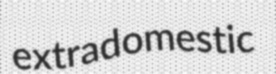
extradomestic